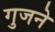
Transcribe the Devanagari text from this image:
गुजने